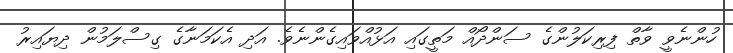
ހުންނެވީ ވާތް ފިރިކަލުންގެ ސަންދޯއް މަތީގައި އަޅުއްވައިގެންނެވެ. އަދި އެކަމަނާގެ ގިސްލަމުން ދިޔައިރު